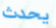
يحدث